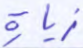
زيارة